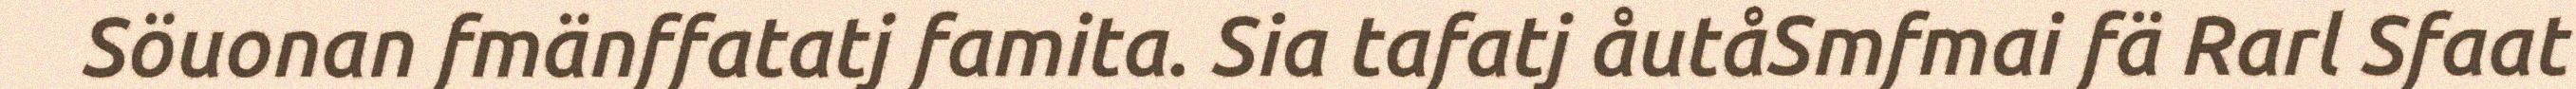
Söuonan fmänffatatj famita. Sia tafatj åutåSmfmai fä Rarl Sfaat